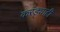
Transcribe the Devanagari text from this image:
करंड्याही